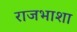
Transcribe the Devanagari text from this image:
राजभाशा